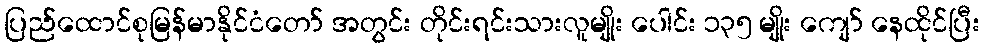
ပြည်ထောင်စုမြန်မာနိုင်ငံတော် အတွင်း တိုင်းရင်းသားလူမျိုး ပေါင်း ၁၃၅ မျိုး ကျော် နေထိုင်ပြီး